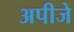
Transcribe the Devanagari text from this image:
अपीजे